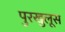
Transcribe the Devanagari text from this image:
पुरखुलूस